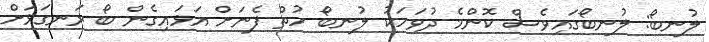
ލުނބޯ: ލުނބޯގައިވެސް ކޮންމެ ދުވަހަކު ލުނބޯ ހުތް ފެނަށް އަޅައިގެން ބޯ ރަނގަޅަށް